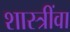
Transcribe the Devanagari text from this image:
शास्त्रींवा